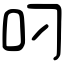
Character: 叼